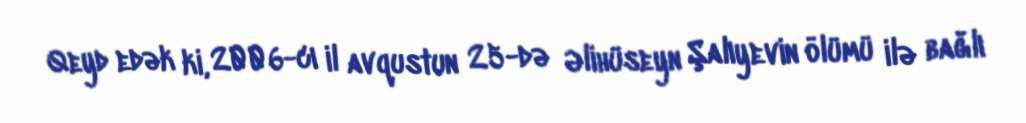
Qeyd edək ki, 2006-cı il avqustun 25-də Əlihüseyn Şalıyevin ölümü ilə bağlı